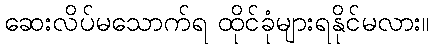
ဆေးလိပ်မသောက်ရ ထိုင်ခုံများရနိုင်မလား။